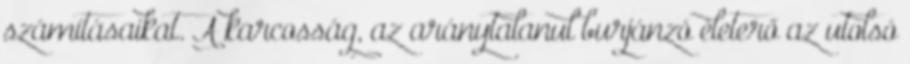
számításaikat. A karcosság, az aránytalanul burjánzó életerő az utolsó